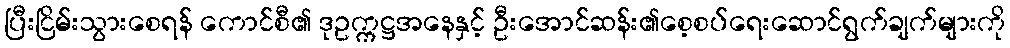
ပြီးငြိမ်းသွားစေရန် ကောင်စီ၏ ဒုဥက္ကဋ္ဌအနေနှင့် ဦးအောင်ဆန်း၏စေ့စပ်ရေးဆောင်ရွက်ချက်များကို